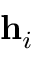
\mathbf { h } _ { i }